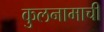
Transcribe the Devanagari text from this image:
कुलनामाची